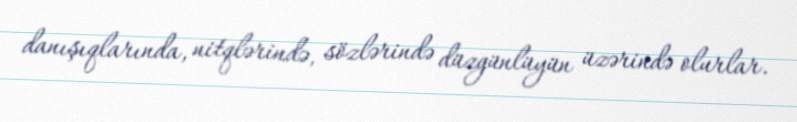
danışıqlarında, nitqlərində, sözlərində düzgünlüyün üzərində olurlar.